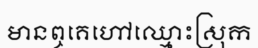
មានឮគេហៅឈ្មោះស្រុក